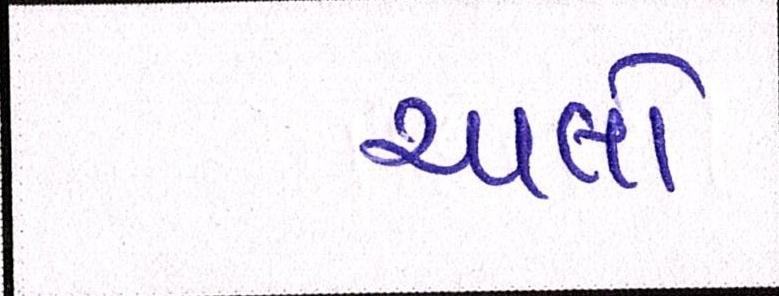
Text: ચાલો